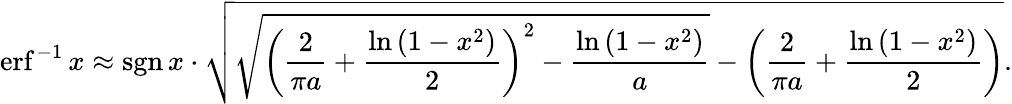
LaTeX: \operatorname{erf}^{-1}x\approx\operatorname{sgn}x\cdot{\sqrt{{\sqrt{\left({\frac{2}{\pi a}}+{\frac{\ln\left(1-x^{2}\right)}{2}}\right)^{2}-{\frac{\ln\left(1-x^{2}\right)}{a}}}}-\left({\frac{2}{\pi a}}+{\frac{\ln\left(1-x^{2}\right)}{2}}\right)}}.